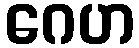
ဂေဟ